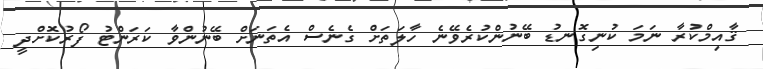
ޤާއިމްކުރާ ނަމަ ކުނިގޮނޑު ބޭނުންކުރެވޭނެ ހާލަތަށް ގެނެސް އެތަނަށް ބޭނުންވާ ކަރަންޓު ފޯރުކޮށްދީ